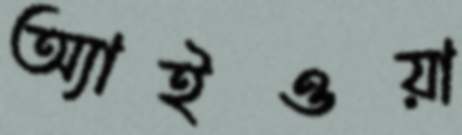
অ্যাইওয়া